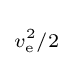
\scriptstyle {v_{\text{e}}^{2}/2}